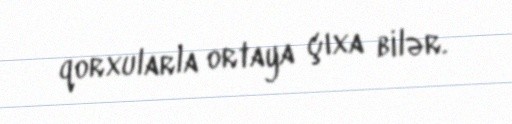
qorxularla ortaya çıxa bilər.